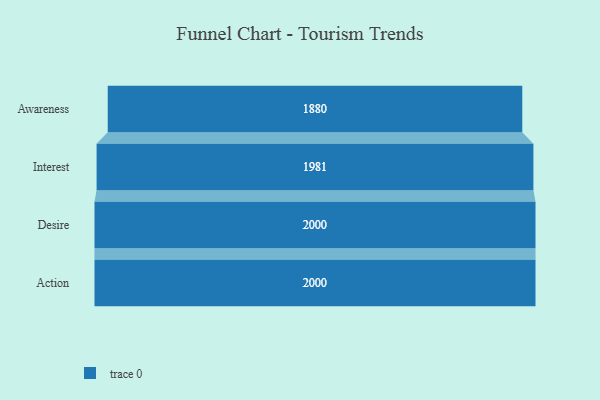
{"axis": {"x": "Stage", "y": "Value"}, "legend": [""], "data": [{"x": "Awareness", "y": 1880.0, "type": ""}, {"x": "Interest", "y": 1981.0, "type": ""}, {"x": "Desire", "y": 2000, "type": ""}, {"x": "Action", "y": 2000, "type": ""}]}